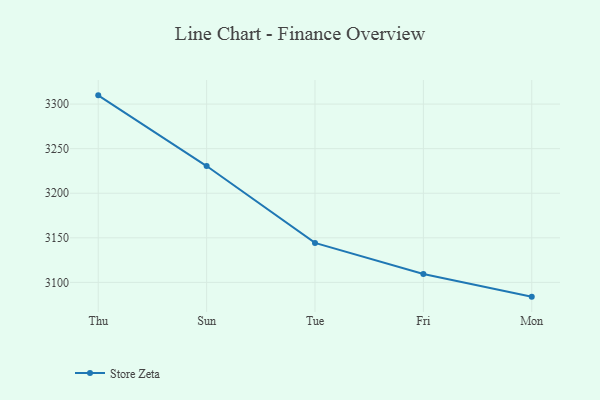
{"axis": {"x": "Day", "y": "Page Views"}, "legend": ["Store Zeta"], "data": [{"x": "Thu", "y": 3309.8, "type": "Store Zeta"}, {"x": "Sun", "y": 3230.5, "type": "Store Zeta"}, {"x": "Tue", "y": 3144.3, "type": "Store Zeta"}, {"x": "Fri", "y": 3109.4, "type": "Store Zeta"}, {"x": "Mon", "y": 3084.0, "type": "Store Zeta"}]}